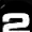
Digit: 2